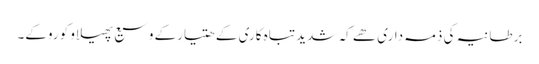
برطانیہ کی ذمہ داری ھے کہ شدید تباہ کاری کے ھتیارکے وسیع پھیلاو کو روکے۔